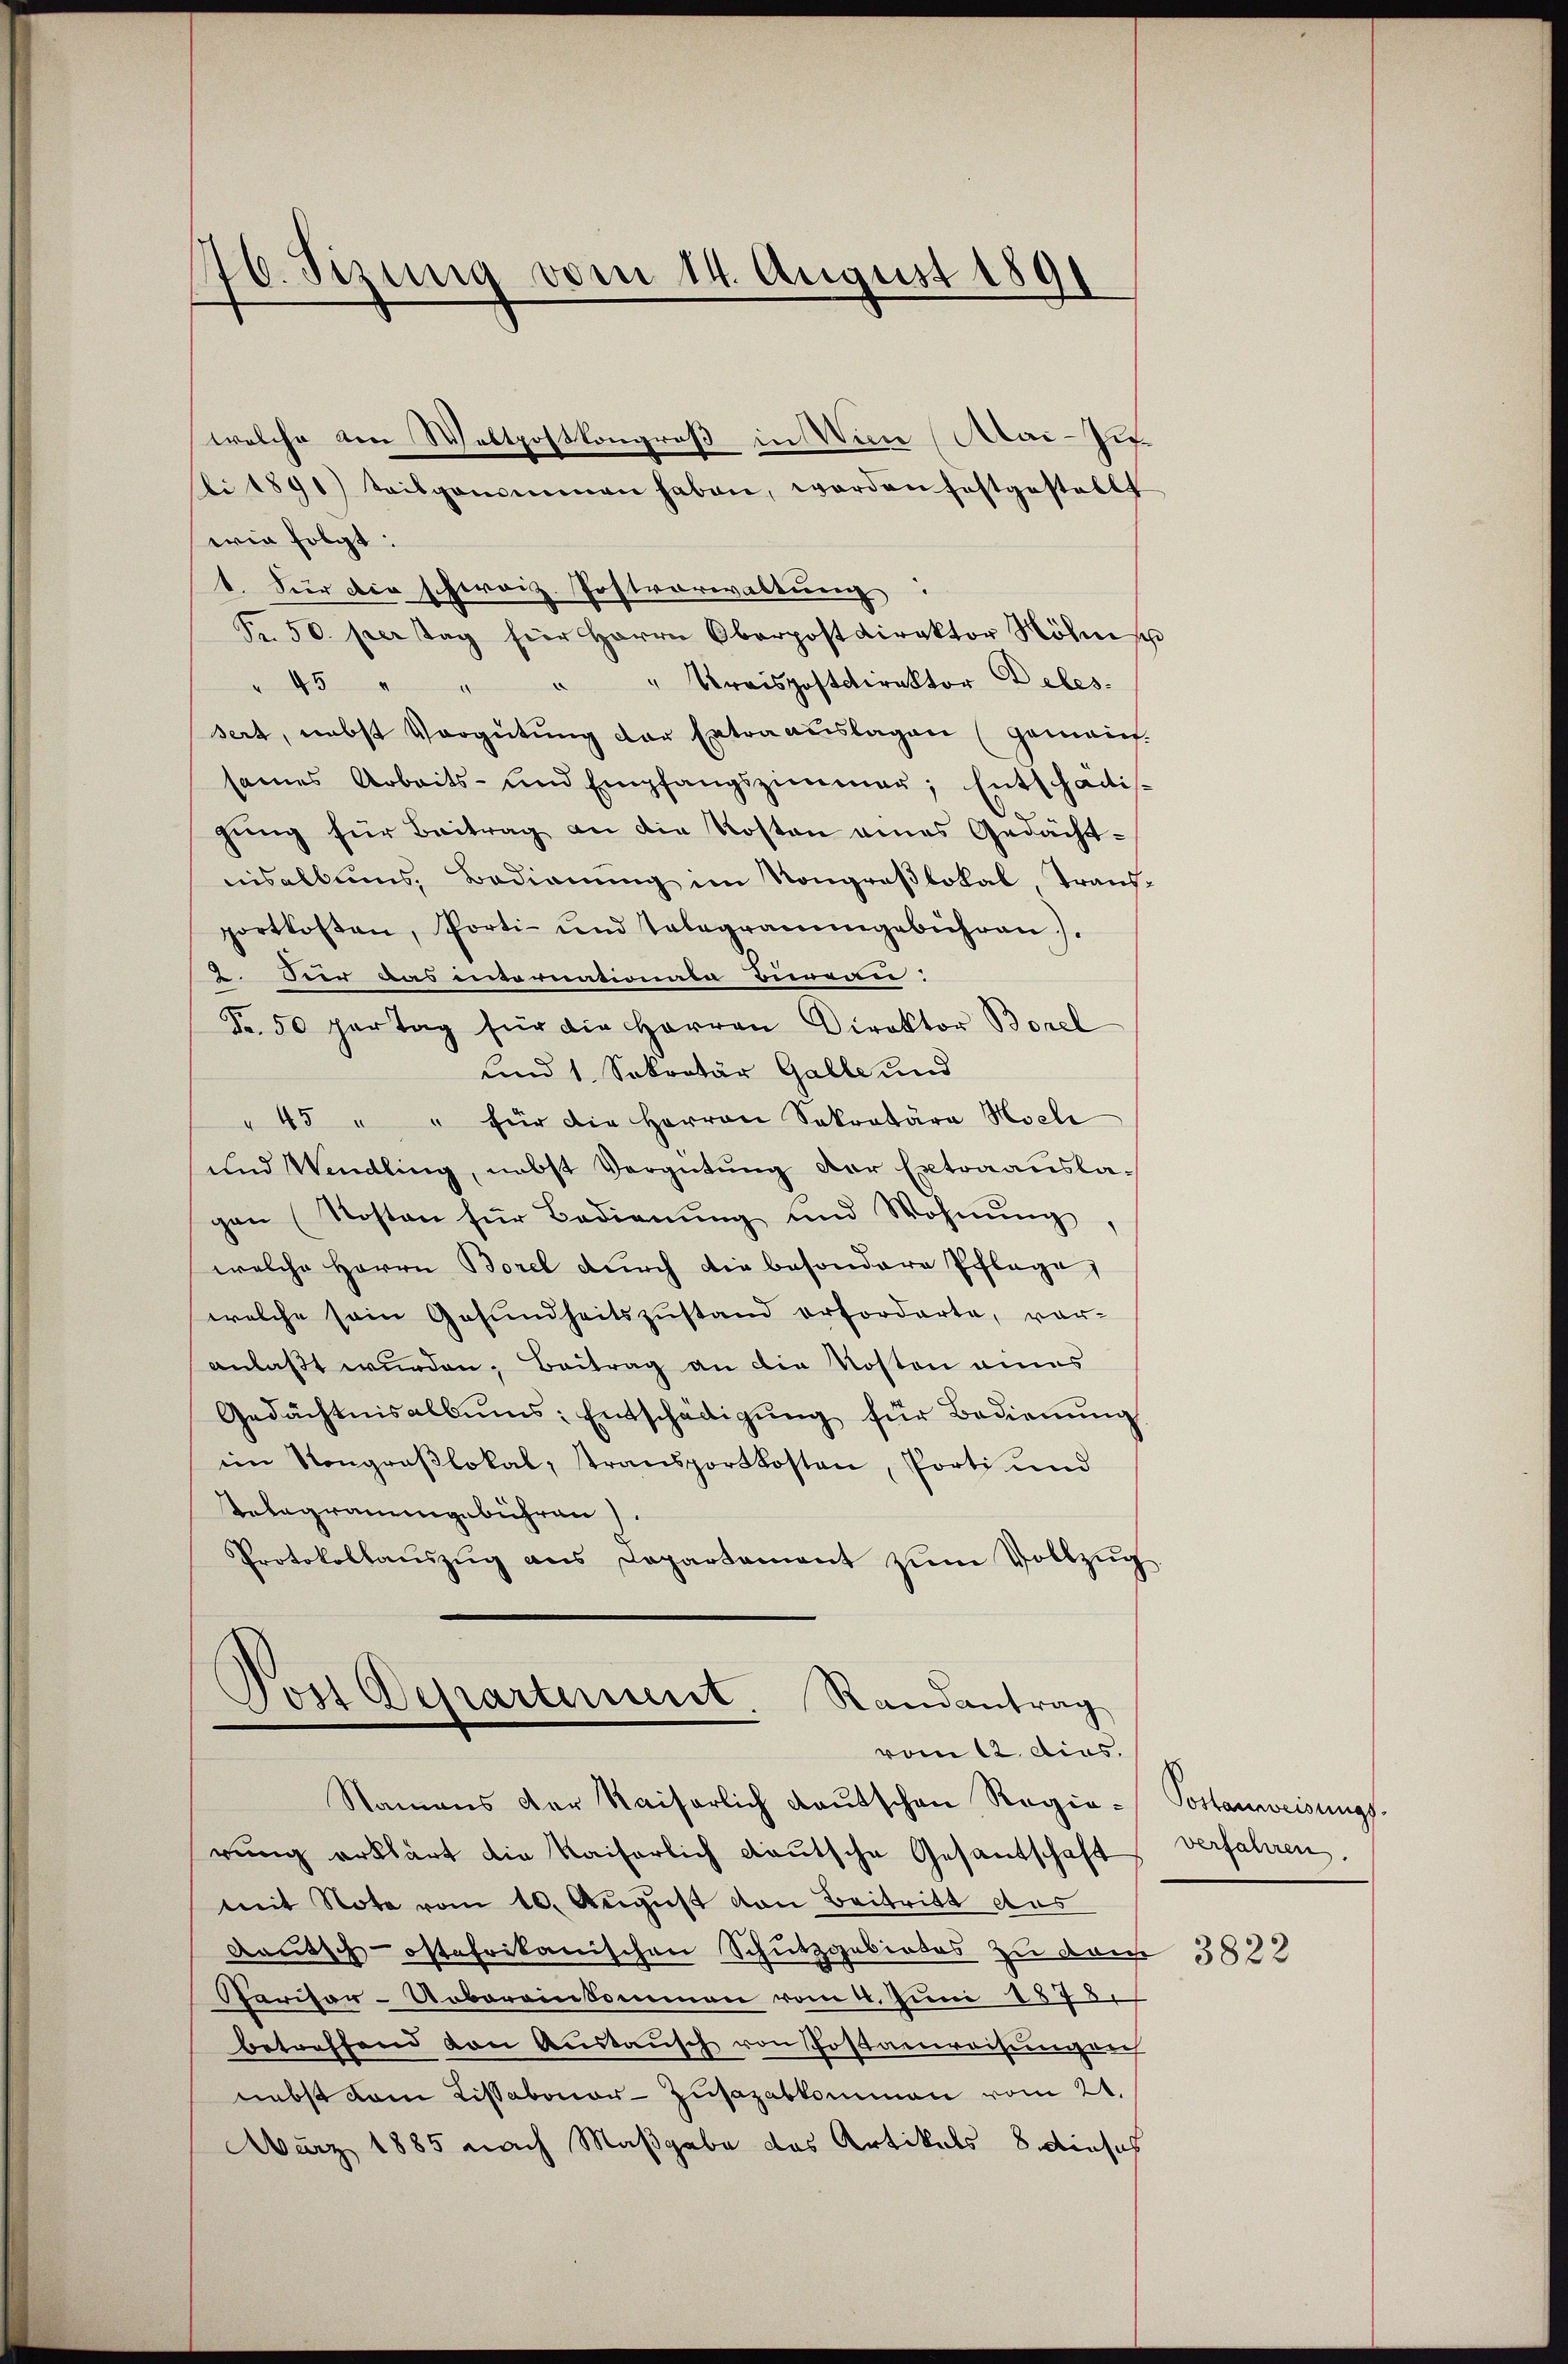
176. Sizung vom 14. August 1891

wie folgt:
t. Für die schweiz. Postverwaltung:
Fr. 50. per Tag für Herrn Oberpostdirektor Röhnis
" Kraispostdirektor Deles.
" 45 "
.
sert, nebst Vergütung der Extraauslagen (gemeint.
sames Arbeits- und Empfangszimmer, Entschadisgung für Beitrag an die Kosten eines Gedächtnisalbums, Badienung im Kongreßlokal, Trans-
portkosten, Porti- und Telegrammgebühren).
2. Hier aus einernationate Bureau.
Fr. 50 partag für die Herren Direktor Borel
und 1 Sekretär Galle und
" 45 " " für die Herren Sekretära Moel
und Wendling, nebst Vergütung der Extraauslagen (Kosten für Bedienŭng und Wohnŭng,
welche Herrn Borel durch die besondere Pflage,
welche sein Gesundheitszustand erforderte, voranlaßt wurden; Beitrag an die Kosten eines
Gedächtnisalbŭms: Entschädigung für Bedienung
im Kongroβlokal, transportkosten, Porti und
Telegrammgebühren).
Protokollaŭszŭg ans Departement zŭm Vollzŭg

welche den Waltpostkongreß in Von Aai-Zu-
sli 1891) Mitgenommen haben, worden festgestellt

Post Departement. Randantrag
vom 12. dies.

Namens der Kaiserlich Kautschen Regierŭng erklärt die Kaiserlich deutsche Gesantschaft
mit Note vom 10. August von Beitritt aus
Rautsch-ostafrikanischen Schutzgebietes zu den 3838
Parisor-Uebereinkommen vom 4. Juni 1878.
betreffend von Austausch von Postanweisungung
nebst dem Lissabonor-Zŭsazabkommen vom 21.
März 1885 nach Maßgabe das Artikals 8. dieses

Postanweisungs-
verfahren.